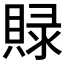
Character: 𮚓